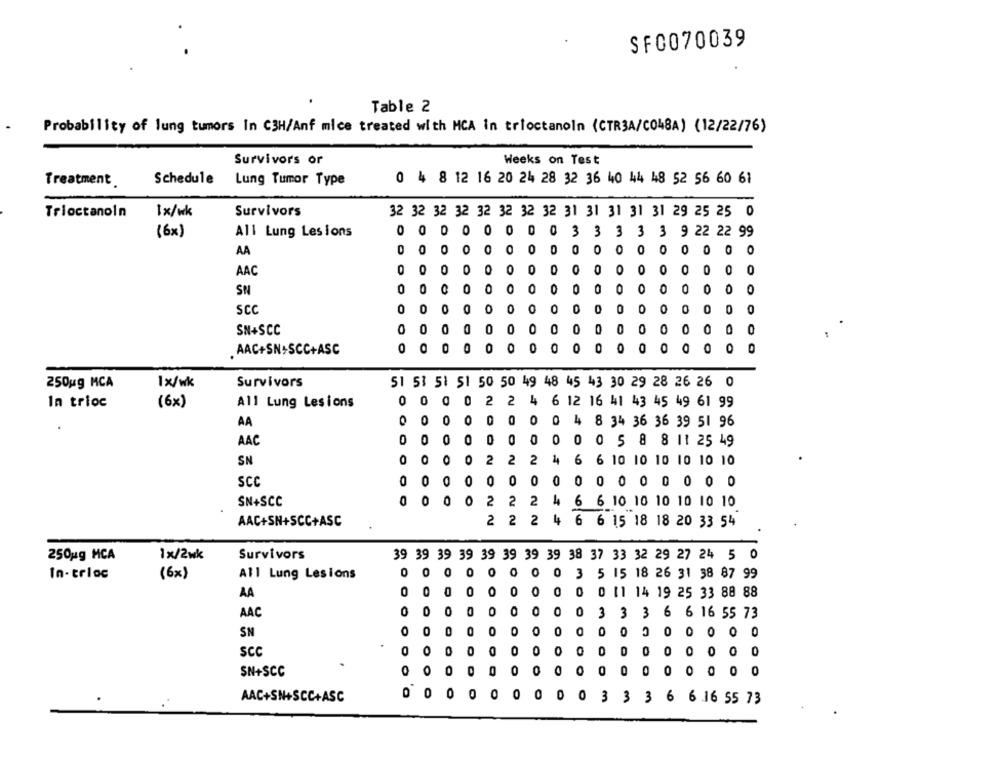
SF0070039
Table 2
Probability of lung tumors In C3H/Anf mice treated with HCA in trioctanoin (CTR3A/C048A) (12/22/76)
Weeks on Test
Survivors or
Treatment
Schedule
Lung Tumor Type
0 4 8 12 16 20 24 28 32 36 40 44 48 52 56 60 61
Trioctanoln
1x/wk
Survivors
32 32 32 32 32 32 32 32 31 31 31 31 31 29 25 25 0
(6x)
All Lung Lesions
0
0
0
0 03
3 3 3 3
9 22 22 99
AA
0
0
0
O
0
0
0
0
0
0
0
O
O
AAC
0
0
0
0
0
0
0
O
0
O
0
0
0
0
0
0
SN
0
0
0
O
O
0
0
0
0
0
0
0
0
SCC
O
0
0
0
0
0
0
0
0
0
0
0
0
SN+SCC
0
O
O
0
0
0
0
0
O
0
O
AAC+SN>SCC+ASC
250ug MCA
1x/wk
Survivors
51 53 51 51 50 50 49 48 45 43 30 29 28 26 26 0
In trioc
(6x)
All Lung Lesions
0
0
O
2
2
4
6 12 16 41 43 45 49 61 99
AA
0
0
0
0
0
0
0
4
8 34 36 36 39 51 96
AAC
0
0
0
0
0
0
0
0
0 5 8 8 11 25 49
SN
0
O
O
2
2
2
4
6 6 10 10 10 10 10 10
0
0
SCC
0
0
0
0
0
0 0 0 0 0 0 0 0
O
O
0
O
2
2
4
SN+SCC
2
6 6 10 10 10 10 10 10
AAC+SN+SCC+ASC
2
2
2
4 6 6 15 18 18 20 33 54
250ug MCA
1x/2wk
Survivors
39 39 39 39 39 39 39 39 38 37 33 32 29 27 24 5 0
In-crloc
(6x)
All Lung Lesions
0
0
0
0
O
0
3
5 15 18 26 31 38 87 99
AA
0
0
0
0
0
O
14 19 25 33 88 88
AAC
0
O
0
O
0
3
3
3 6 6 16 55 73
C
0
0
0
0
0
O
0
O
SN
O
O
O
O
SCC
0
O
0
0
0
0
0
O
0
0
0
0
0
0
SN+SCC
O
O
O
0
0
O
0
0
0 0 000
AAC+SN+SCC+ASC
0
O
O
0
3
3
3 6 6.16 55 73